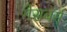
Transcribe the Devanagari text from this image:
गेंसबर्ग